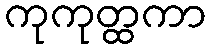
ကုကုတ္ထကာ